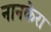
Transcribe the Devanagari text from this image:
नानकेरा